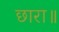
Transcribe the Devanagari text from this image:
छारा॥